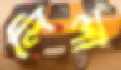
লিলা